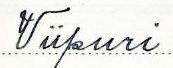
Viipuri